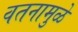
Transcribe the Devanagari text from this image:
वतनामुळे